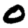
Digit: 0